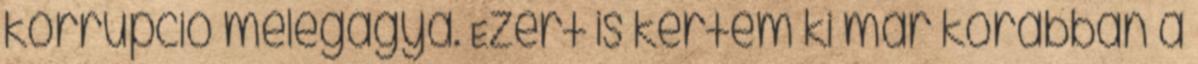
korrupció melegágya. Ezért is kértem ki már korábban a